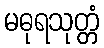
မဓုရသုတ္တံ